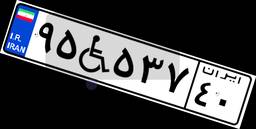
۹۵W۵۳۷۴۰